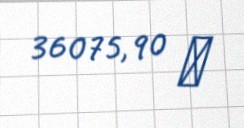
36075,90 ₼